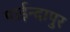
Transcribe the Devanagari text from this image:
पाईन्दापुर